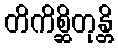
တိကိစ္ဆိတုန္တိ